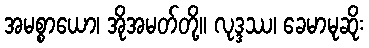
အမစ္စာယော၊ အိုအမတ်တို့။ လုဒ္ဒဿ၊ ခေမာမုဆိုး